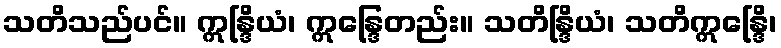
သတိသည်ပင်။ ဣန္ဒြိယံ၊ ဣန္ဒြေတည်း။ သတိန္ဒြိယံ၊ သတိဣန္ဒြေိ၊